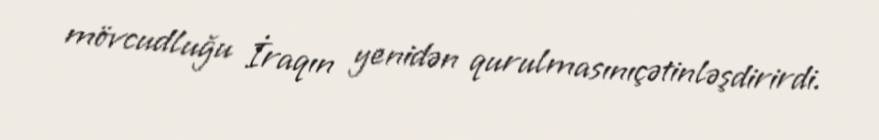
mövcudluğu İraqın yenidən qurulmasınıçətinləşdirirdi.